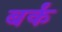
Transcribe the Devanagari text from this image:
बर्कं